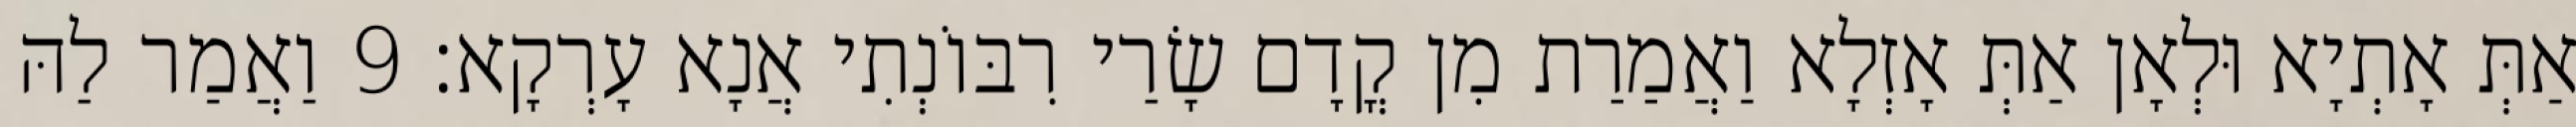
אַתְּ אָתְיָא וּלְאָן אַתְּ אָזְלָא וַאֲמַרַת מִן קֳדָם שָׂרַי רִבּוֹנְתִי אֲנָא עָרְקָא׃ 9 וַאֲמַר לַהּ